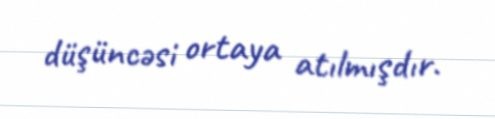
düşüncəsi ortaya atılmışdır.